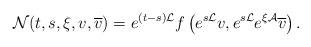
LaTeX: \begin{align*} \mathcal{N}(t, s,\xi,v,\overline v) = e^{(t- s) \mathcal{L}} f \left(e^{ s\mathcal{L}} v, e^{ s \mathcal{L} } e^{\xi \mathcal{A}} \overline v \right).\end{align*}